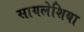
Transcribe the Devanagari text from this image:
सायलेशिया